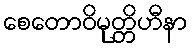
စေတောဝိမုတ္တိဟီနာ